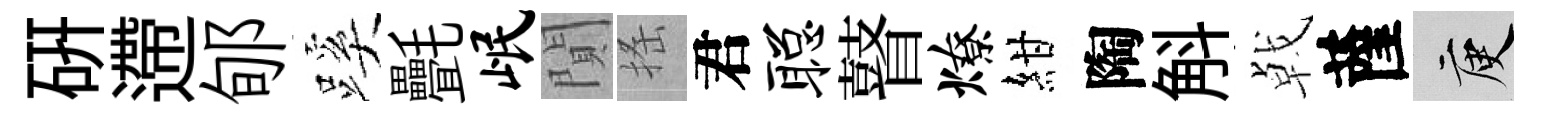
硏遰郇蹊㲲岷閴搖君聪瞽燎紺陶斛㦸薩庾